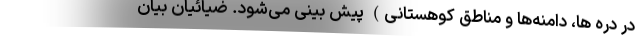
در دره ها، دامنه‌ها و مناطق کوهستانی) پیش بینی می‌شود. ضیائیان بیان